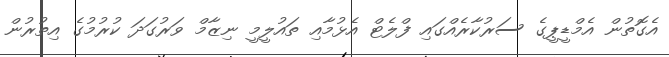
އެގޮތުން އެމްޑީޕީގެ ސަރުކާރެއްގައި ފްލެޓް އެޅުމާއި ތައުލީމީ ނިޒާމް ވަރުގަދަ ކުރުމުގެ އިތުރުން